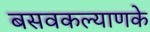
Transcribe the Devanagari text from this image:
बसवकल्याणके